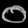
Digit: ၀